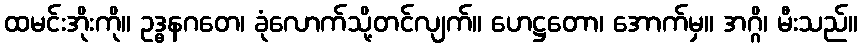
ထမင်းအိုးကို။ ဥဒ္ဓနဂတေ၊ ခုံလောက်သို့တင်လျက်။ ဟေဋ္ဌတော၊ အောက်မှ။ အဂ္ဂိ၊ မီးသည်။